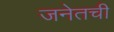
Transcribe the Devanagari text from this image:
जनेतची